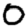
Digit: 0